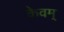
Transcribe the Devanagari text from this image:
केवम्